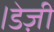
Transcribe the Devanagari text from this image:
।डेज़ी